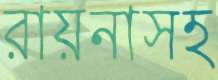
রায়নাসহ